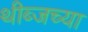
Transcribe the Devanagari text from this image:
थीब्जच्या